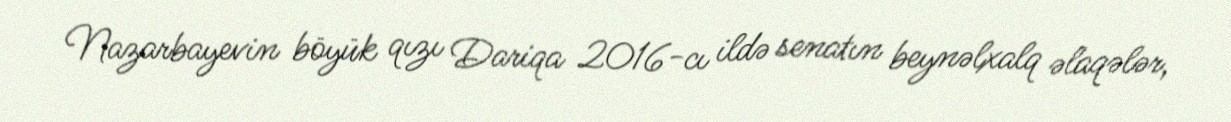
Nazarbayevin böyük qızı Dariqa 2016-cı ildə senatın beynəlxalq əlaqələr,